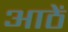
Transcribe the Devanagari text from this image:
आठें